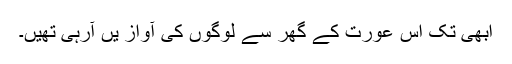
ابھی تک اس عورت کے گھر سے لوگوں کی آواز یں آرہی تھیں۔